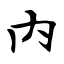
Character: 内